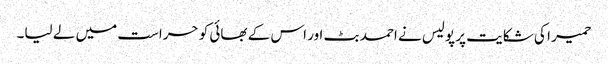
حمیر ا کی شکایت پر پولیس نے احمد بٹ اور اس کے بھائی کو حراست میں لے لیا۔